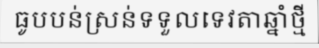
ធូបបន់ស្រន់ទទួលទេវតាឆ្នាំថ្មី